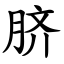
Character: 脐